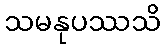
သမနုပဿသိ